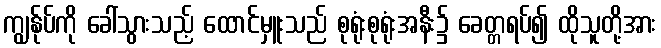
ကျွန်ုပ်ကို ခေါ်သွားသည့် ထောင်မှူးသည် စုရုံးစုရုံးအနီး၌ ခေတ္တရပ်၍ ထိုသူတို့အား